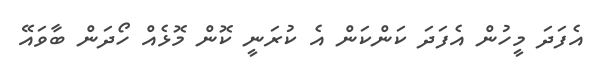
އެފަދަ މީހުން އެފަދަ ކަންކަން އެ ކުރަނީ ކޮން މޮޅެއް ހޯދަން ބާވައޭ